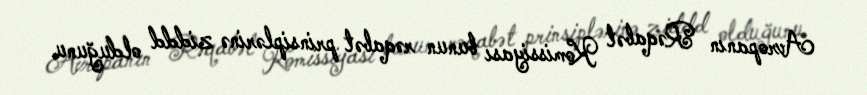
Avropanın Rəqabət Komissiyası bunun rəqabət prinsiplərinə ziddd olduğunu